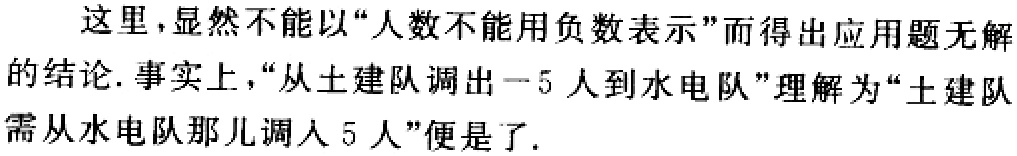
这里,显然不能以“人数不能用负数表示”而得出应用题无解
的结论.事实上,“从土建队调出一5人到水电队”理解为“土建队
需从水电队那儿调人5人”便是了.